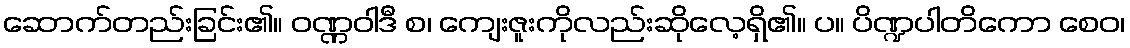
ဆောက်တည်းခြင်း၏။ ဝဏ္ဏဝါဒီ စ၊ ကျေးဇူးကိုလည်းဆိုလေ့ရှိ၏။ ပ။ ပိဏ္ဍပါတိကော စေဝ၊